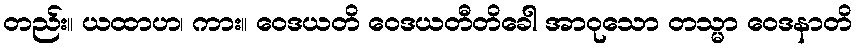
တည်း။ ယထာဟ၊ ကား။ ဝေဒယတိ ဝေဒယတီတိခေါ အာဝုသော တသ္မာ ဝေဒနာတိ